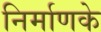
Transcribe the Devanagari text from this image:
निर्माणके